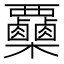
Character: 𣡷